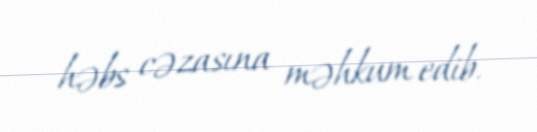
həbs cəzasına məhkum edib.